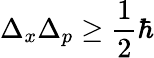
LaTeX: \Delta_{x}\Delta_{p}\geq{\frac{1}{2}}\hbar